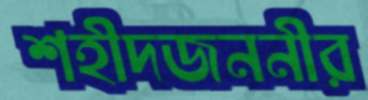
শহীদজননীর